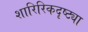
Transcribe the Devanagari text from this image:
शारिरिकदृष्ट्या